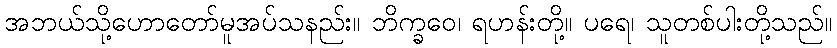
အဘယ်သို့ဟောတော်မူအပ်သနည်း။ ဘိက္ခဝေ၊ ရဟန်းတို့။ ပရေ၊ သူတစ်ပါးတို့သည်။